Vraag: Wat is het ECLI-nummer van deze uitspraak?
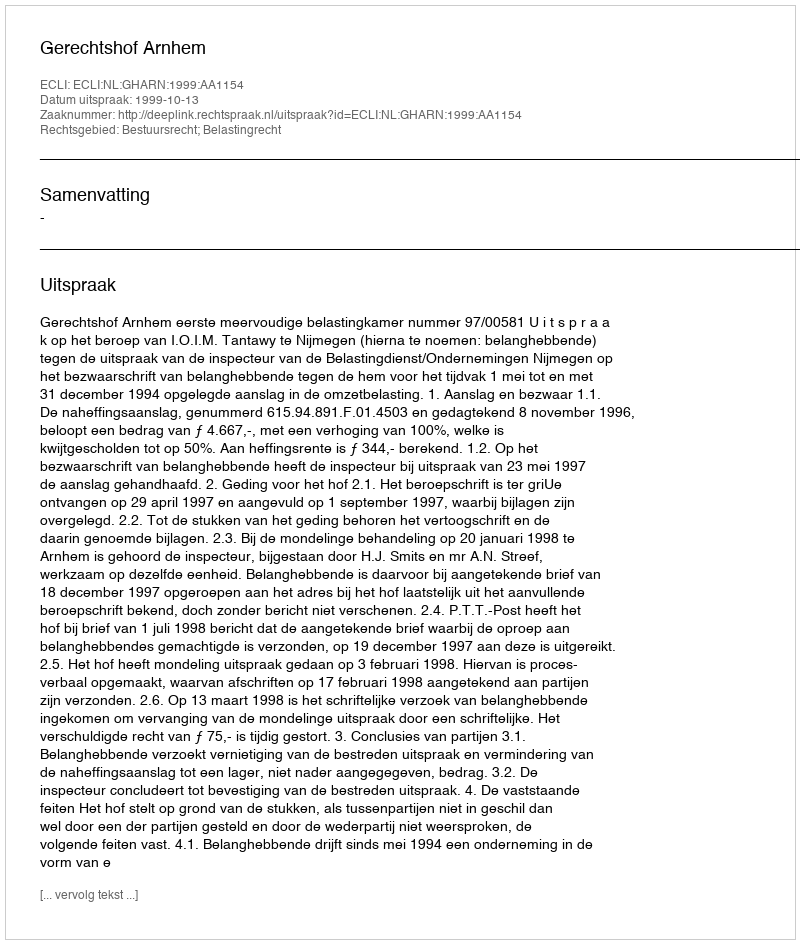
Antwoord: ECLI:NL:GHARN:1999:AA1154